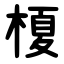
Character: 榎